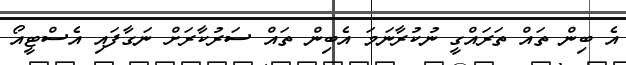
އެ ބިން ތައް ތަރައްގީ ނުކުރާނަމަ އެބިން ތައް ސަރުކާރަށް ނަގާފައި އެސްޓީއޯ